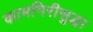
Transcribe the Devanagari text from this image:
कामगिरीसुद्धा